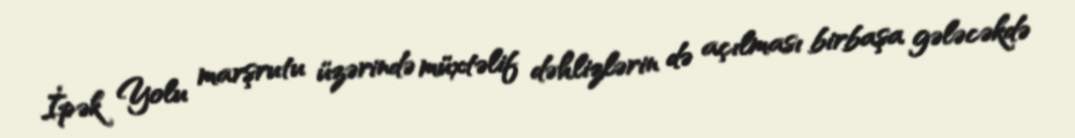
İpək Yolu marşrutu üzərində müxtəlif dəhlizlərin də açılması birbaşa gələcəkdə